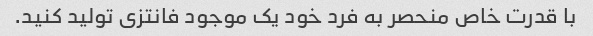
با قدرت خاص منحصر به فرد خود یک موجود فانتزی تولید کنید.